Civil Veterinary Department Bihar & Orissa reports 1922-29 - 1922-1929
Year: 1922
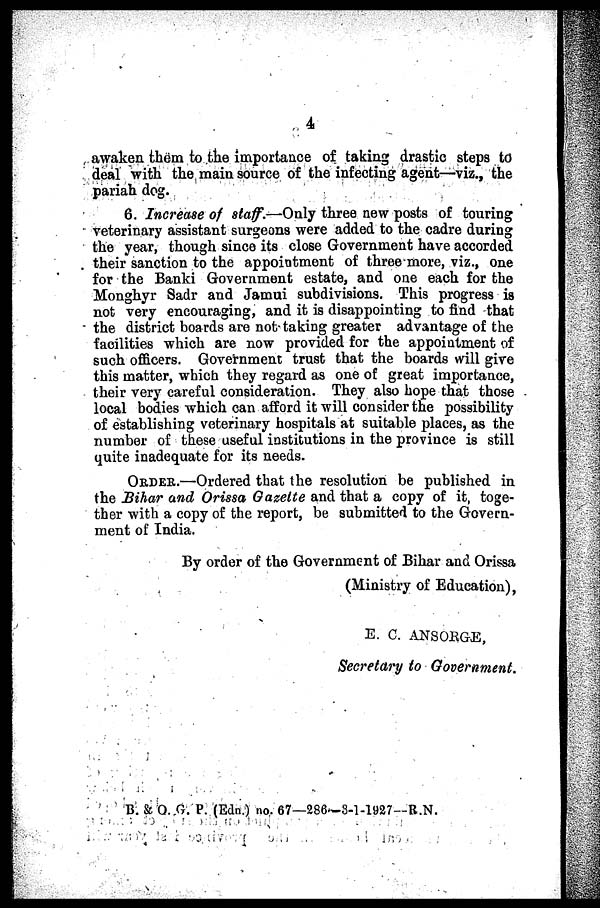
4
awaken them to the importance of taking drastic steps to
deal with the main source of the infecting agent—viz., the
pariah dog.
6. Increase of staff.—Only three new posts of touring
veterinary assistant surgeons were added to the cadre during
the year, though since its close Government have accorded
their sanction to the appointment of three more, viz., one
for the Banki Government estate, and one each for the
Monghyr Sadr and Jamui subdivisions. This progress is
not very encouraging, and it is disappointing to find that
the district boards are not taking greater advantage of the
facilities which are now provided for the appoiutment of
such officers. Government trust that the boards will give
this matter, which they regard as one of great importance,
their very careful consideration. They also hope that those
local bodies which can afford it will consider the possibility
of establishing veterinary hospitals at suitable places, as the
number of these useful institutions in the province is still
quite inadequate for its needs.
ORDER.—Ordered that the resolution be published in
the Bihar and Orissa Oazelte and that a copy of it, toge-
ther with a copy of the report, be submitted to the Govern-
ment of India.
By order of the Government of Bihar and Orissa
(Ministry of Education),
E. C. ANSORGE,
Secretary to Government.
B. & O. G. P. (Edn.) no. 67—286—8-1-1927—R.N.